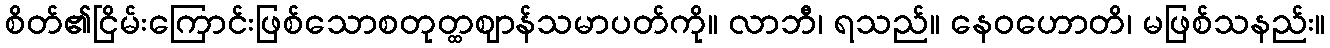
စိတ်၏ငြိမ်းကြောင်းဖြစ်သောစတုတ္ထဈာန်သမာပတ်ကို။ လာဘီ၊ ရသည်။ နေဝဟောတိ၊ မဖြစ်သနည်း။